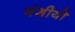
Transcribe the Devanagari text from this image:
वंशीयो